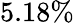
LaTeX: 5.18\%